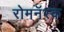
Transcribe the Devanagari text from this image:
रोमनॅस्क